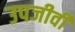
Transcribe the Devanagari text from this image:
उपजीवी